Vaccination in Bombay 1924-1928 - 1924-1928
Year: 1924
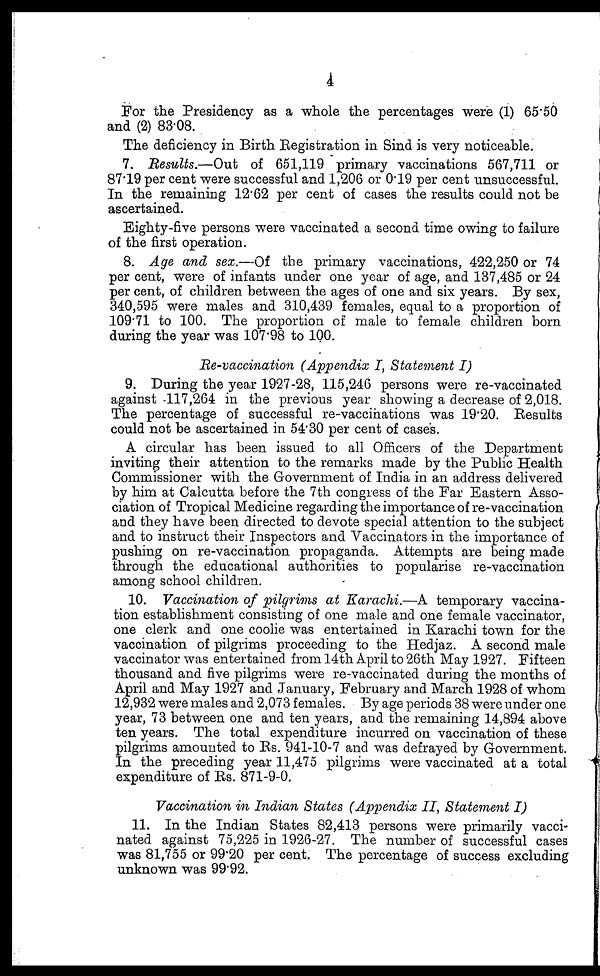
4
For the Presidency as a whole the percentages were (1) 65.50
and (2) 83.08.
The deficiency in Birth Registration in Sind is very noticeable.
7. Results.—Out of 651,119 primary vaccinations 567,711 or
87.19 per cent were successful and 1,206 or 0.19 per cent unsuccessful.
In the remaining 12.62 per cent of cases the results could not be
ascertained.
Eighty-five persons were vaccinated a second time owing to failure
of the first operation.
8. Age and sex.—Of the primary vaccinations, 422,250 or 74
per cent, were of infants under one year of age, and 137,485 or 24
per cent, of children between the ages of one and six years. By sex,
340,595 were males and 310,439 females, equal to a proportion of
109.71 to 100. The proportion of male to female children born
during the year was 107.98 to 100.
Re-vaccination (Appendix I, Statement I)
9. During the year 1927-28, 115,246 persons were re-vaccinated
against 117,264 in the previous year showing a decrease of 2,018.
The percentage of successful re-vaccinations was 19.20. Results
could not be ascertained in 54.30 per cent of cases.
A circular has been issued to all Officers of the Department
inviting their attention to the remarks made by the Public Health
Commissioner with the Government of India in an address delivered
by him at Calcutta before the 7th congress of the Far Eastern Asso-
ciation of Tropical Medicine regarding the importance of re-vaccination
and they have been directed to devote special attention to the subject
and to instruct their Inspectors and Vaccinators in the importance of
pushing on re-vaccination propaganda. Attempts are being made
through the educational authorities to popularise re-vaccination
among school children.
10. Vaccination of pilgrims at Karachi.—A temporary vaccina-
tion establishment consisting of one male and one female vaccinator,
one clerk and one coolie was entertained in Karachi town for the
vaccination of pilgrims proceeding to the Hedjaz. A second male
vaccinator was entertained from 14th April to 26th May 1927. Fifteen
thousand and five pilgrims were re-vaccinated during the months of
April and May 1927 and January, February and March 1928 of whom
12,932 were males and 2,073 females. By age periods 38 were under one
year, 73 between one and ten years, and the remaining 14,894 above
ten years. The total expenditure incurred on vaccination of these
pilgrims amounted to Rs. 941-10-7 and was defrayed by Government.
In the preceding year 11,475 pilgrims were vaccinated at a total
expenditure of Rs. 871-9-0.
Vaccination in Indian States (Appendix II, Statement I)
11. In the Indian States 82,413 persons were primarily vacci-
nated against 75,225 in 1926-27. The number of successful cases
was 81,755 or 99.20 per cent. The percentage of success excluding
unknown was 99.92.